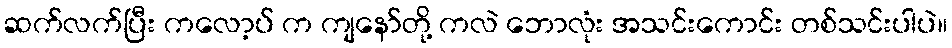
ဆက်လက်ပြီး ကလော့ပ် က ကျနော်တို့ ကလဲ ဘောလုံး အသင်းကောင်း တစ်သင်းပါပဲ။